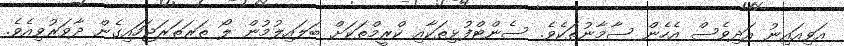
އަވިއައިނު އަދިވެސް އެހެން ސާމާނުތަކެވެ. ސެންޓްފުޅިތަކާއި ކްރީމްތަކަށް ބަލައިލުމުން ލޯ ތަރަތަރަޖަހައިގެން ދާވަރުވިއެވެ.